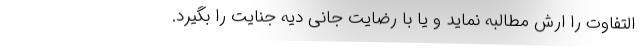
التفاوت را ارش مطالبه نماید و یا با رضایت جانی دیه جنایت را بگیرد.